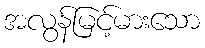
အလွန်မြင့်မားသော